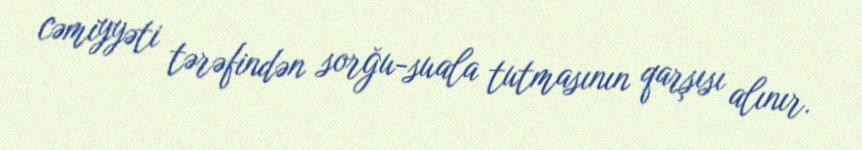
cəmiyyəti tərəfindən sorğu-suala tutmasının qarşısı alınır.